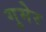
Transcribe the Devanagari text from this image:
गुमेर